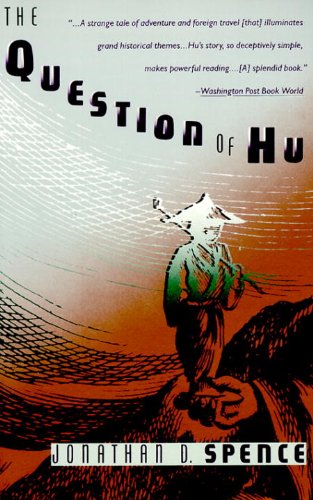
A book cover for The Question of Hu; Jonathan D. Spence; Biographies & Memoirs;